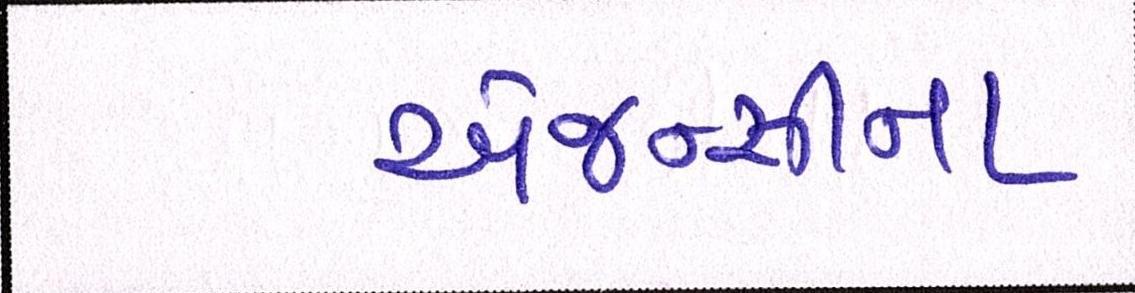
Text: એજન્સીના